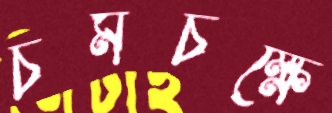
চর্মচক্ষে